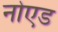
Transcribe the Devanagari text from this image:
नोएड